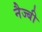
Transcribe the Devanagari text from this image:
नैज्बी